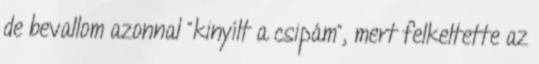
de bevallom azonnal “kinyílt a csipám”, mert felkeltette az